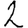
Digit: 2